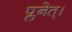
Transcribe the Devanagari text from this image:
प्लनेत्।